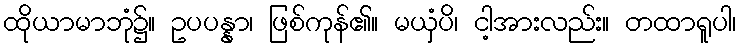
ထိုယာမာဘုံ၌။ ဥပပန္နာ၊ ဖြစ်ကုန်၏။ မယှံပိ၊ ငါ့အားလည်း။ တထာရူပါ၊